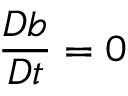
\frac { D b } { D t } = 0